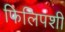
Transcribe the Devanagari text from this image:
फिलिपशी